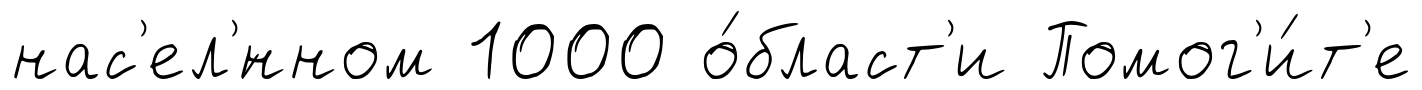
нас'ел'́нном 1000 о́бласт'и Помог'и́т'е